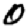
Digit: 0